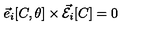
\vec { e } _ { i } [ C , \theta ] \times \vec { \cal E } _ { i } [ C ] = 0